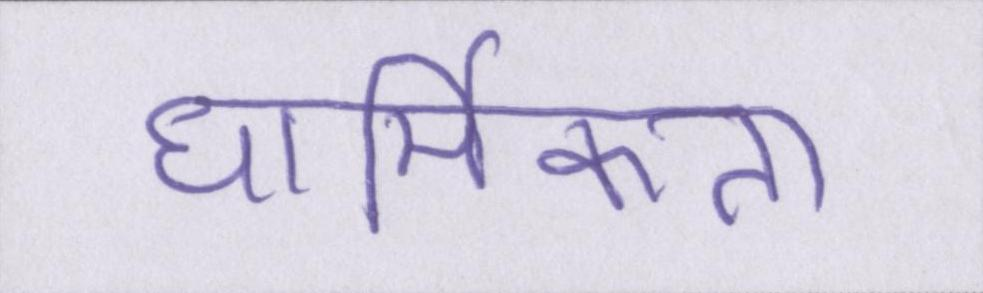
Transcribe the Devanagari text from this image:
धार्मिकता